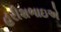
હરીશભાઇએ